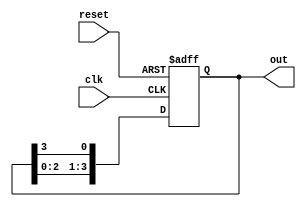
module ring_counter #(parameter N = 4) (
    input wire clk,          // Clock signal
    input wire reset,        // Asynchronous reset signal
    output reg [N-1:0] out   // Output of the ring counter
);

// Internal signal to hold the next state
reg [N-1:0] next_state;

// Initial state
initial begin
    out = 1'b1; // Set the first flip-flop to '1' and others to '0'
end

// Always block for state transition
always @(posedge clk or posedge reset) begin
    if (reset) begin
        out <= 1'b1; // Reset state
    end else begin
        out <= next_state; // Update state
    end
end

// Combinational logic to determine the next state
always @(*) begin
    next_state = {out[N-2:0], out[N-1]}; // Shift left
end

endmodule